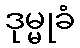
ဒုမ္မုခံ